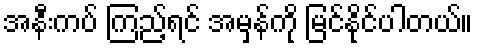
အနီးကပ် ကြည့်ရင် အမှန်ကို မြင်နိုင်ပါတယ်။